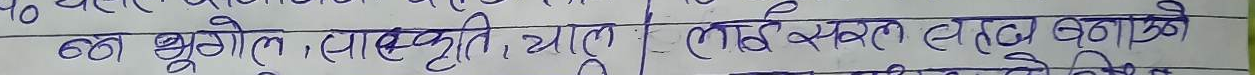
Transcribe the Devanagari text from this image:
क्क भूगोल, संस्कृति, चाल लाई सरल सहज बनाउँने